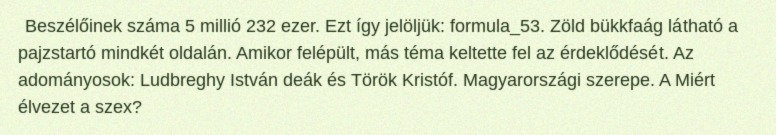
Beszélőinek száma 5 millió 232 ezer. Ezt így jelöljük: formula_53. Zöld bükkfaág látható a pajzstartó mindkét oldalán. Amikor felépült, más téma keltette fel az érdeklődését. Az adományosok: Ludbreghy István deák és Török Kristóf. Magyarországi szerepe. A Miért élvezet a szex?